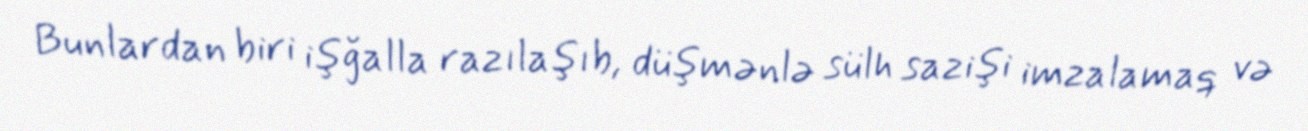
Bunlardan biri işğalla razılaşıb, düşmənlə sülh sazişi imzalamaq və